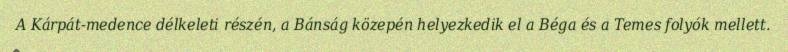
A Kárpát-medence délkeleti részén, a Bánság közepén helyezkedik el a Béga és a Temes folyók mellett.